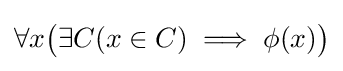
\forall x{\bigl (}\exists C(x\in C)\implies \phi (x){\bigr )}